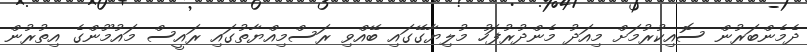
ދެމެންބަރުން ސޮއިކުރުމަށް މިއަދު މެންދުރުފަހު މުލިޔާގޭގައި ބޭއްވި ރަސްމިއްޔާތުގައި ރައީސް މައުމޫންގެ އިތުރުން